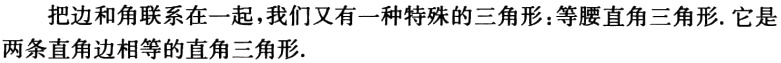
把边和角联系在一起，我们又有一种特殊的三角形：等腰直角三角形. 它是两条直角边相等的直角三角形.